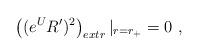
LaTeX: \begin{align*}\left((e^{U} R')^2\right)_{extr}|_{r=r_+}= 0 \ ,\end{align*}